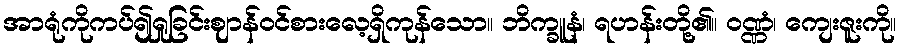
အာရုံကိုကပ်၍ရှုခြင်းဈာန်ဝင်စားလေ့ရှိကုန်သော။ ဘိက္ခူနံ၊ ရဟန်းတို့၏။ ဝဏ္ဏံ၊ ကျေးဇူးကို။